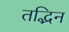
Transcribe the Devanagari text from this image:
तद्भिन